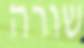
שורה